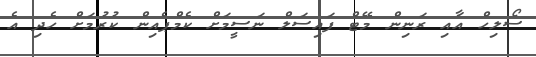
ސޯލިހް އާއި ރަނިން މޭޓް ފައިސަލް ނަސީމަށް ކެމްޕެއިން ކުރުމަށް ހެދި އެ